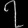
Digit: ၇